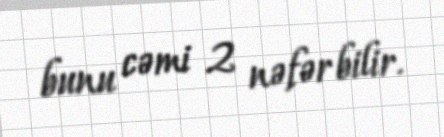
bunu cəmi 2 nəfər bilir.